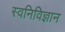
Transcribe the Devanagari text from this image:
स्वनिविज्ञान